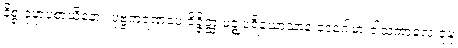
နိစ္စံ ဝုဍ္ဎာပစာယိနော။ ပုဗ္ဗကရဏံပေ ဝိဇ္ဇိတ္ထ မဇ္ဈပရိယောသာနံ ဒေဝဂါမာ ဝါသကာလေ ဝုဍ္ဎံ